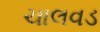
ચાલવડ